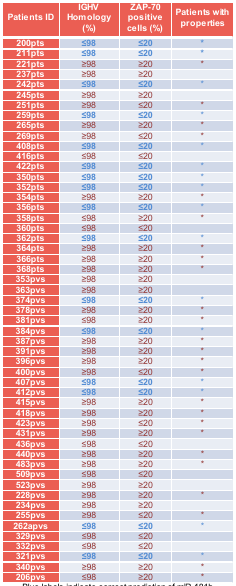
<table><thead><tr><td><b>Patients ID</b></td><td><b>IGHV Homology(%)</b></td><td><b>ZAP-70 positive cells (%)</b></td><td><b>Patients with properties</b></td></tr></thead><tbody><tr><td><b>200pts</b></td><td><b>≤98</b></td><td><b>≤20</b></td><td><b>*</b></td></tr><tr><td><b>211pts</b></td><td><b>≤98</b></td><td><b>≤20</b></td><td><b>*</b></td></tr><tr><td><b>221pts</b></td><td>≥98</td><td>≥20</td><td>*</td></tr><tr><td><b>237pts</b></td><td>≥98</td><td>≥20</td><td></td></tr><tr><td><b>242pts</b></td><td><b>≤98</b></td><td><b>≤20</b></td><td>*</td></tr><tr><td><b>245pts</b></td><td>≥98</td><td>≥20</td><td></td></tr><tr><td><b>251pts</b></td><td>≥98</td><td>≤20</td><td>*</td></tr><tr><td><b>259pts</b></td><td><b>≤98</b></td><td><b>≤20</b></td><td>*</td></tr><tr><td><b>265pts</b></td><td>≥98</td><td>≥20</td><td>*</td></tr><tr><td><b>269pts</b></td><td>≥98</td><td>≤20</td><td>*</td></tr><tr><td><b>408pts</b></td><td><b>≤98</b></td><td><b>≤20</b></td><td>*</td></tr><tr><td><b>416pts</b></td><td>≤98</td><td>≤20</td><td></td></tr><tr><td><b>422pts</b></td><td><b>≤98</b></td><td><b>≤20</b></td><td>*</td></tr><tr><td><b>350pts</b></td><td><b>≤98</b></td><td><b>≤20</b></td><td>*</td></tr><tr><td><b>352pts</b></td><td><b>≤98</b></td><td><b>≤20</b></td><td>*</td></tr><tr><td><b>354pts</b></td><td>≥98</td><td>≥20</td><td>*</td></tr><tr><td><b>356pts</b></td><td><b>≤98</b></td><td><b>≤20</b></td><td>*</td></tr><tr><td><b>358pts</b></td><td>≤98</td><td>≥20</td><td>*</td></tr><tr><td><b>360pts</b></td><td>≤98</td><td>≤20</td><td></td></tr><tr><td><b>362pts</b></td><td><b>≤98</b></td><td><b>≤20</b></td><td>*</td></tr><tr><td><b>364pts</b></td><td>≥98</td><td>≥20</td><td>*</td></tr><tr><td><b>366pts</b></td><td>≥98</td><td>≥20</td><td>*</td></tr><tr><td><b>368pts</b></td><td>≥98</td><td>≥20</td><td>*</td></tr><tr><td><b>353pvs</b></td><td>≥98</td><td>≥20</td><td></td></tr><tr><td><b>363pvs</b></td><td>≥98</td><td>≥20</td><td></td></tr><tr><td><b>374pvs</b></td><td><b>≤98</b></td><td><b>≤20</b></td><td>*</td></tr><tr><td><b>378pvs</b></td><td>≥98</td><td>≥20</td><td>*</td></tr><tr><td><b>381pvs</b></td><td>≤98</td><td>≥20</td><td>*</td></tr><tr><td><b>384pvs</b></td><td><b>≤98</b></td><td><b>≤20</b></td><td>*</td></tr><tr><td><b>387pvs</b></td><td>≥98</td><td>≥20</td><td>*</td></tr><tr><td><b>391pvs</b></td><td>≥98</td><td>≥20</td><td>*</td></tr><tr><td><b>396pvs</b></td><td>≥98</td><td>≥20</td><td>*</td></tr><tr><td><b>400pvs</b></td><td>≥98</td><td>≤20</td><td>*</td></tr><tr><td><b>407pvs</b></td><td><b>≤98</b></td><td><b>≤20</b></td><td>*</td></tr><tr><td><b>412pvs</b></td><td><b>≤98</b></td><td><b>≤20</b></td><td>*</td></tr><tr><td><b>415pvs</b></td><td>≥98</td><td>≥20</td><td>*</td></tr><tr><td><b>418pvs</b></td><td>≥98</td><td>≥20</td><td>*</td></tr><tr><td><b>423pvs</b></td><td>≥98</td><td>≤20</td><td>*</td></tr><tr><td><b>431pvs</b></td><td>≥98</td><td>≥20</td><td>*</td></tr><tr><td><b>436pvs</b></td><td>≤98</td><td>≤20</td><td></td></tr><tr><td><b>440pvs</b></td><td>≥98</td><td>≥20</td><td>*</td></tr><tr><td><b>483pvs</b></td><td>≥98</td><td>≥20</td><td>*</td></tr><tr><td><b>509pvs</b></td><td>≤98</td><td>≤20</td><td></td></tr><tr><td><b>523pvs</b></td><td>≥98</td><td>≥20</td><td></td></tr><tr><td><b>228pvs</b></td><td>≥98</td><td>≥20</td><td>*</td></tr><tr><td><b>234pvs</b></td><td>≥98</td><td>≥20</td><td></td></tr><tr><td><b>255pvs</b></td><td>≥98</td><td>≤20</td><td>*</td></tr><tr><td><b>262apvs</b></td><td><b>≤98</b></td><td><b>≤20</b></td><td>*</td></tr><tr><td><b>329pvs</b></td><td>≤98</td><td>≤20</td><td></td></tr><tr><td><b>332pvs</b></td><td>≤98</td><td>≤20</td><td></td></tr><tr><td><b>321pvs</b></td><td><b>≤98</b></td><td><b>≤20</b></td><td>*</td></tr><tr><td><b>340pvs</b></td><td>≥98</td><td>≥20</td><td>*</td></tr><tr><td><b>206pvs</b></td><td>≤98</td><td>≥20</td><td>*</td></tr></tbody></table>